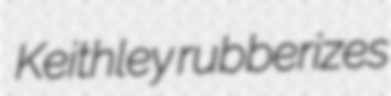
Keithley rubberizes